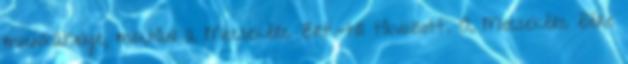
munkahelye, miután a Mecsekérc Zrt.-tôl távozott. A Mecsekérc élére